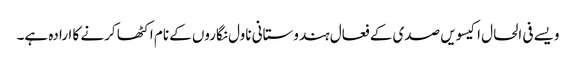
ویسے فی الحال اکیسویں صدی کے فعال ہندوستانی ناول نگاروں کے نام اکٹھا کرنے کا ارادہ ہے۔